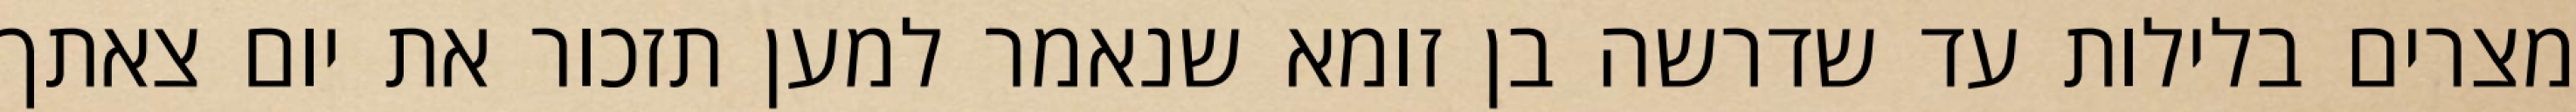
מצרים בלילות עד שדרשה בן זומא שנאמר למען תזכור את יום צאתך